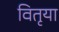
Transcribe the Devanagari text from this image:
वितृया